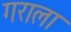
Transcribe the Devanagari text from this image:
गराला